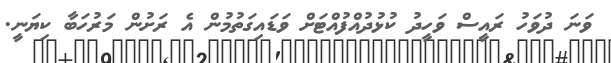
ވަނަ ދުވަހު ރައީސް ވަހީދު ކުޅުދުއްފުއްޓަށް ވަޑައިގަތުމުން އެ ރަށުން މަރުހަބާ ކިޔަނީ.